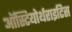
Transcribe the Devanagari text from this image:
ऑस्टियोर्थराइटिस